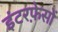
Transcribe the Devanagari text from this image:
इंटरफ़ेसों